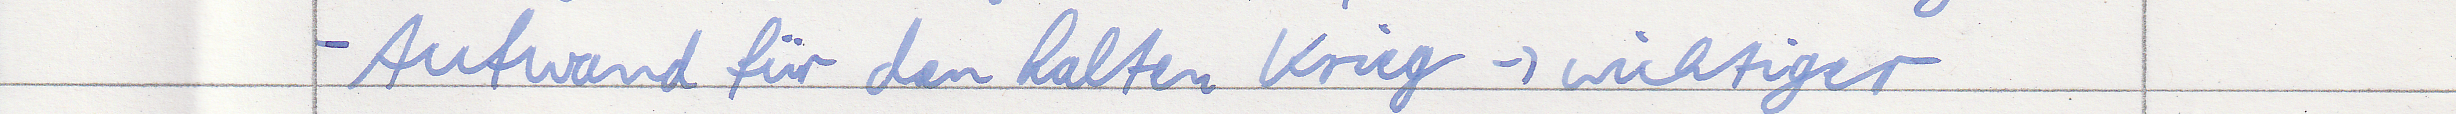
- Aufwand für den kalten Krieg -> wichtiger